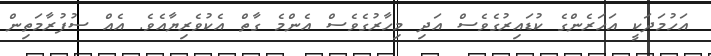
އަހުމަދަކީ އަހަރެންގެ ކުޑައިރުގެވެސް އަދި މިހާރުގެވެސް އެންމެ ގާތް އެކުވެރިޔާއެވެ. އެއް ސުފުރާމަތިން